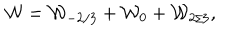
{ \cal W } = { \cal W } _ { - { 2 / 3 } } + { \cal W } _ { 0 } + { \cal W } _ { 2 / 3 } ,